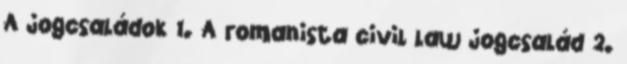
A jogcsaládok 1. A romanista civil law jogcsalád 2.